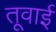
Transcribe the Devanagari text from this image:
तूवाई